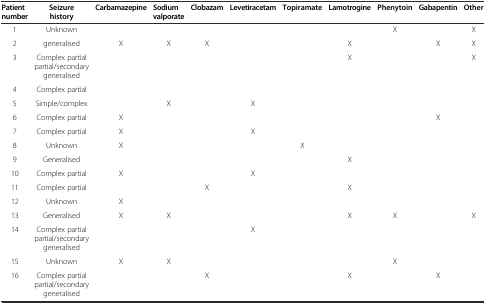
<table><thead><tr><td><b>Patient number</b></td><td><b>Seizure history</b></td><td><b>Carbamazepine</b></td><td><b>Sodium valporate</b></td><td><b>Clobazam</b></td><td><b>Levetiracetam</b></td><td><b>Topiramate</b></td><td><b>Lamotrogine</b></td><td><b>Phenytoin</b></td><td><b>Gabapentin</b></td><td><b>Other</b></td></tr></thead><tbody><tr><td>1</td><td>Unknown</td><td></td><td></td><td></td><td></td><td></td><td></td><td>X</td><td></td><td>X</td></tr><tr><td>2</td><td>generalised</td><td>X</td><td>X</td><td>X</td><td></td><td></td><td>X</td><td></td><td>X</td><td>X</td></tr><tr><td>3</td><td>Complex partial partial/secondary generalised</td><td></td><td></td><td></td><td></td><td></td><td>X</td><td></td><td></td><td>X</td></tr><tr><td>4</td><td>Complex partial</td><td></td><td></td><td></td><td></td><td></td><td></td><td></td><td></td><td></td></tr><tr><td>5</td><td>Simple/complex</td><td></td><td>X</td><td></td><td>X</td><td></td><td></td><td></td><td></td><td></td></tr><tr><td>6</td><td>Complex partial</td><td>X</td><td></td><td></td><td></td><td></td><td></td><td></td><td>X</td><td></td></tr><tr><td>7</td><td>Complex partial</td><td>X</td><td></td><td></td><td>X</td><td></td><td></td><td></td><td></td><td></td></tr><tr><td>8</td><td>Unknown</td><td>X</td><td></td><td></td><td></td><td>X</td><td></td><td></td><td></td><td></td></tr><tr><td>9</td><td>Generalised</td><td></td><td></td><td></td><td></td><td></td><td>X</td><td></td><td></td><td></td></tr><tr><td>10</td><td>Complex partial</td><td>X</td><td></td><td></td><td>X</td><td></td><td></td><td></td><td></td><td></td></tr><tr><td>11</td><td>Complex partial</td><td></td><td></td><td>X</td><td></td><td></td><td>X</td><td></td><td></td><td></td></tr><tr><td>12</td><td>Unknown</td><td>X</td><td></td><td></td><td></td><td></td><td></td><td></td><td></td><td></td></tr><tr><td>13</td><td>Generalised</td><td>X</td><td>X</td><td></td><td></td><td></td><td>X</td><td>X</td><td></td><td>X</td></tr><tr><td>14</td><td>Complex partial partial/secondary generalised</td><td></td><td></td><td></td><td>X</td><td></td><td></td><td></td><td></td><td></td></tr><tr><td>15</td><td>Unknown</td><td>X</td><td>X</td><td></td><td></td><td></td><td></td><td>X</td><td></td><td></td></tr><tr><td>16</td><td>Complex partial partial/secondary generalised</td><td></td><td></td><td>X</td><td></td><td></td><td>X</td><td></td><td>X</td><td></td></tr></tbody></table>